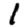
Digit: 1